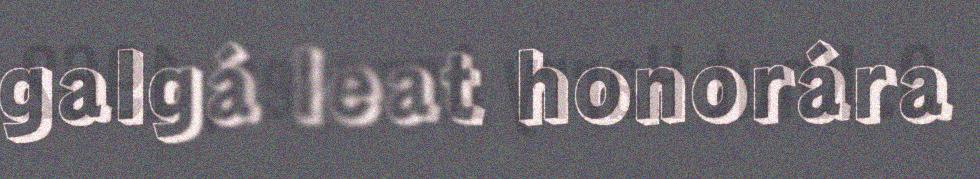
galgá leat honorára